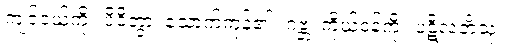
ကျင်ငယ်ကို။ ပိဝိတွာ၊ သောက်ကုန်၏။ ဂဗ္ဘံ၊ ကိုယ်ဝန်ကို။ ပဋိလဘိံသု၊